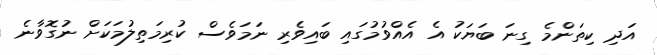
އަދި ކިތަންމެ ގިނަ ބަޔަކު އެ އެއްވުމުގައި ބައިވެރި ނަމަވެސް ކުރިމަތިލުމަކަށް ނުގޮވާނެ